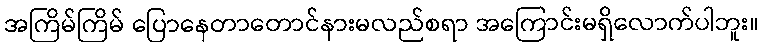
အကြိမ်ကြိမ် ပြောနေတာတောင်နားမလည်စရာ အကြောင်းမရှိလောက်ပါဘူး။